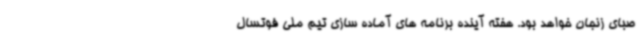
صبای زنجان خواهد بود. هفته آینده برنامه های آماده سازی تیم ملی فوتسال